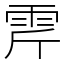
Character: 𩂋